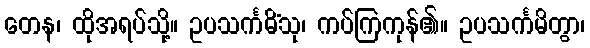
တေန၊ ထိုအရပ်သို့။ ဥပသင်္ကမိံသု၊ ကပ်ကြကုန်၏။ ဥပသင်္ကမိတွာ၊